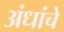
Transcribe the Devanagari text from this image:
अंधांचे